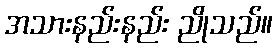
အသားနည်းနည်း ညိုသည်။